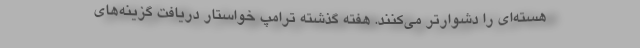
هسته‌ای را دشوارتر می‌کنند. هفته گذشته ترامپ خواستار دریافت گزینه‌های